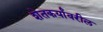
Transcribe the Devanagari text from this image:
शेतकर्यांवरील